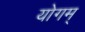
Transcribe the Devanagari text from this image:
योगम्